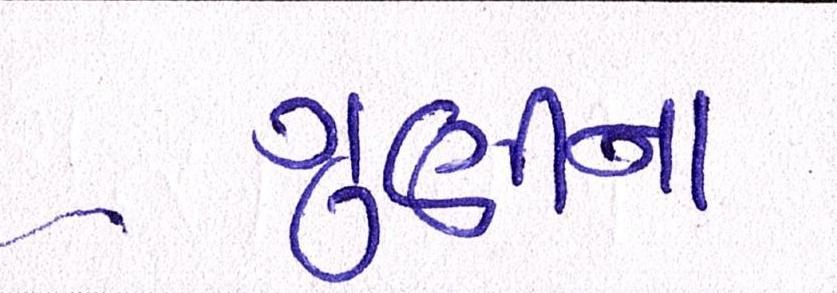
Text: ગુણીના